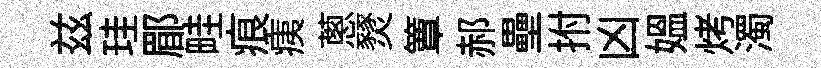
兹珪郿畦痕痍蔥燹簟郝壘拊凶媪烤濁